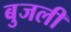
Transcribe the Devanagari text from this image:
बुजली